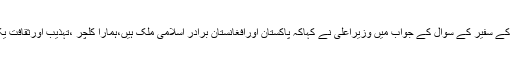
افغانستان کے سفیر کے سوال کے جواب میں وزیراعلیٰ نے کہاکہ پاکستان اورافغانستان برادر اسلامی ملک ہیں،ہمارا کلچر ،تہذیب اورثقافت یکساں ہیں۔